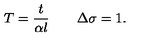
T = \frac { t } { \alpha l } \quad \quad \Delta \sigma = 1 .